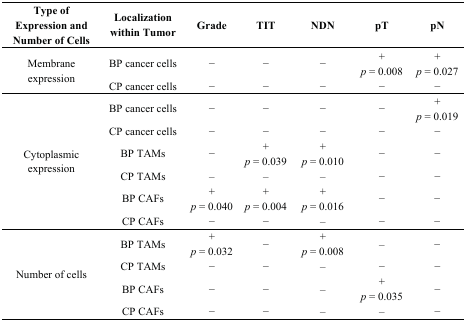
<table><thead><tr><td><b>Type of Expression and Number of Cells</b></td><td><b>Localization within Tumor</b></td><td><b>Grade</b></td><td><b>TIT</b></td><td><b>NDN</b></td><td><b>pT</b></td><td><b>pN</b></td></tr></thead><tbody><tr><td rowspan="3">Membrane expression</td><td rowspan="2">BP cancer cells</td><td rowspan="2">−</td><td rowspan="2">−</td><td rowspan="2">−</td><td>+</td><td>+</td></tr><tr><td><i>p</i> = 0.008</td><td><i>p</i> = 0.027</td></tr><tr><td>CP cancer cells</td><td>−</td><td>−</td><td>−</td><td>−</td><td>−</td></tr><tr><td rowspan="9">Cytoplasmic expression</td><td rowspan="2">BP cancer cells</td><td rowspan="2">−</td><td rowspan="2">−</td><td rowspan="2">−</td><td rowspan="2">−</td><td>+</td></tr><tr><td><i>p</i> = 0.019</td></tr><tr><td>CP cancer cells</td><td>−</td><td>−</td><td>−</td><td>−</td><td>−</td></tr><tr><td rowspan="2">BP TAMs</td><td rowspan="2">−</td><td>+</td><td>+</td><td rowspan="2">−</td><td rowspan="2">−</td></tr><tr><td><i>p</i> = 0.039</td><td><i>p</i> = 0.010</td></tr><tr><td>CP TAMs</td><td>–</td><td>–</td><td>–</td><td>−</td><td>−</td></tr><tr><td rowspan="2">BP CAFs</td><td>+</td><td>+</td><td>+</td><td rowspan="2">−</td><td rowspan="2">−</td></tr><tr><td><i>p</i> = 0.040</td><td><i>p</i> = 0.004</td><td><i>p</i> = 0.016</td></tr><tr><td>CP CAFs</td><td>−</td><td>−</td><td>–</td><td>−</td><td>−</td></tr><tr><td rowspan="6">Number of cells</td><td rowspan="2">BP TAMs</td><td>+</td><td rowspan="2">−</td><td>+</td><td rowspan="2">–</td><td rowspan="2">−</td></tr><tr><td><i>p</i> = 0.032</td><td><i>p</i> = 0.008</td></tr><tr><td>CP TAMs</td><td>−</td><td>−</td><td>–</td><td>−</td><td>−</td></tr><tr><td rowspan="2">BP CAFs</td><td rowspan="2">−</td><td rowspan="2">−</td><td rowspan="2">–</td><td>+</td><td rowspan="2">−</td></tr><tr><td><i>p</i> = 0.035</td></tr><tr><td>CP CAFs</td><td>−</td><td>−</td><td>–</td><td>–</td><td>−</td></tr></tbody></table>